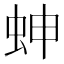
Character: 𧊋